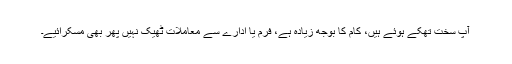
آپ سخت تھکے ہوئے ہیں، کام کا بوجھ زیادہ ہے، فرم یا ادارے سے معاملات ٹھیک نہیں پھر بھی مسکرائیے۔